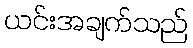
ယင်းအချက်သည်